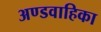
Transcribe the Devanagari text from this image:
अण्डवाहिका